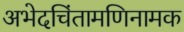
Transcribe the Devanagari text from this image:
अभेदचिंतामणिनामक